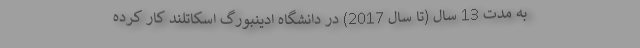
به مدت 13 سال (تا سال 2017) در دانشگاه ادینبورگ اسکاتلند کار کرده